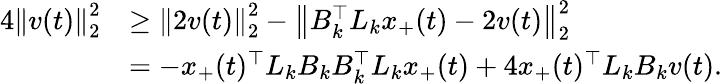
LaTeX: \begin{array}{rl}{4\left\| v(t)\right\| _{2}^{2}}&{\geq\left\| 2v(t)\right\| _{2}^{2}-\left\| B_{k}^{\top}L_{k}x_{+}(t)-2v(t)\right\| _{2}^{2}}\\ &{=-x_{+}(t)^{\top}L_{k}B_{k}B_{k}^{\top}L_{k}x_{+}(t)+4x_{+}(t)^{\top}L_{k}B_{k}v(t).}\end{array}